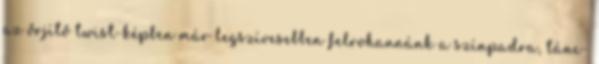
az őrjítő twist-képben már legszívesebben felrohannánk a színpadra, tánc-